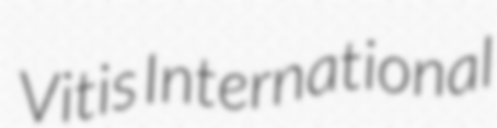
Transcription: Vitis International